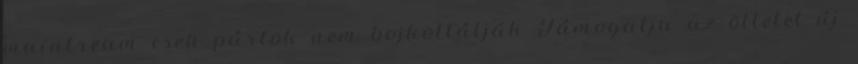
maintream cseh pártok nem bojkottálják Támogatja az ötletet új